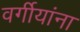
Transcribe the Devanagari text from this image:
वर्गीयांना